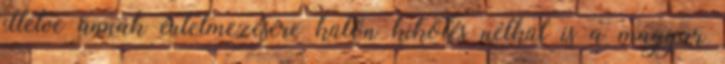
illetve annak értelmezésére külön kikötés nélkül is a magyar